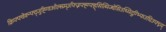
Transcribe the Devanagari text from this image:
क्रिफ्फ्वेक्न्फ्द्जुह्ग्विओल्स्ग्र्म्३फ्ज्निफ्ह्ग्फ्ह्सित्मिज्धेसिउथ्मिदुग्भ्फिउघिउफ्व्न्य्